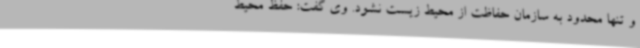
و تنها محدود به سازمان حفاظت از محیط ‌زیست نشود. وی گفت: حفظ محیط